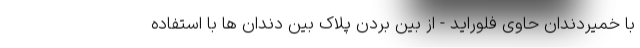
با خمیردندان حاوی فلوراید - از بین بردن پلاک بین دندان ها با استفاده